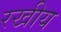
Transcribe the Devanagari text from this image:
रखीय